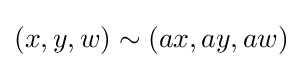
(x,y,w)\sim (ax,ay,aw)